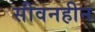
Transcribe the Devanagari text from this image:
सीवनहीन